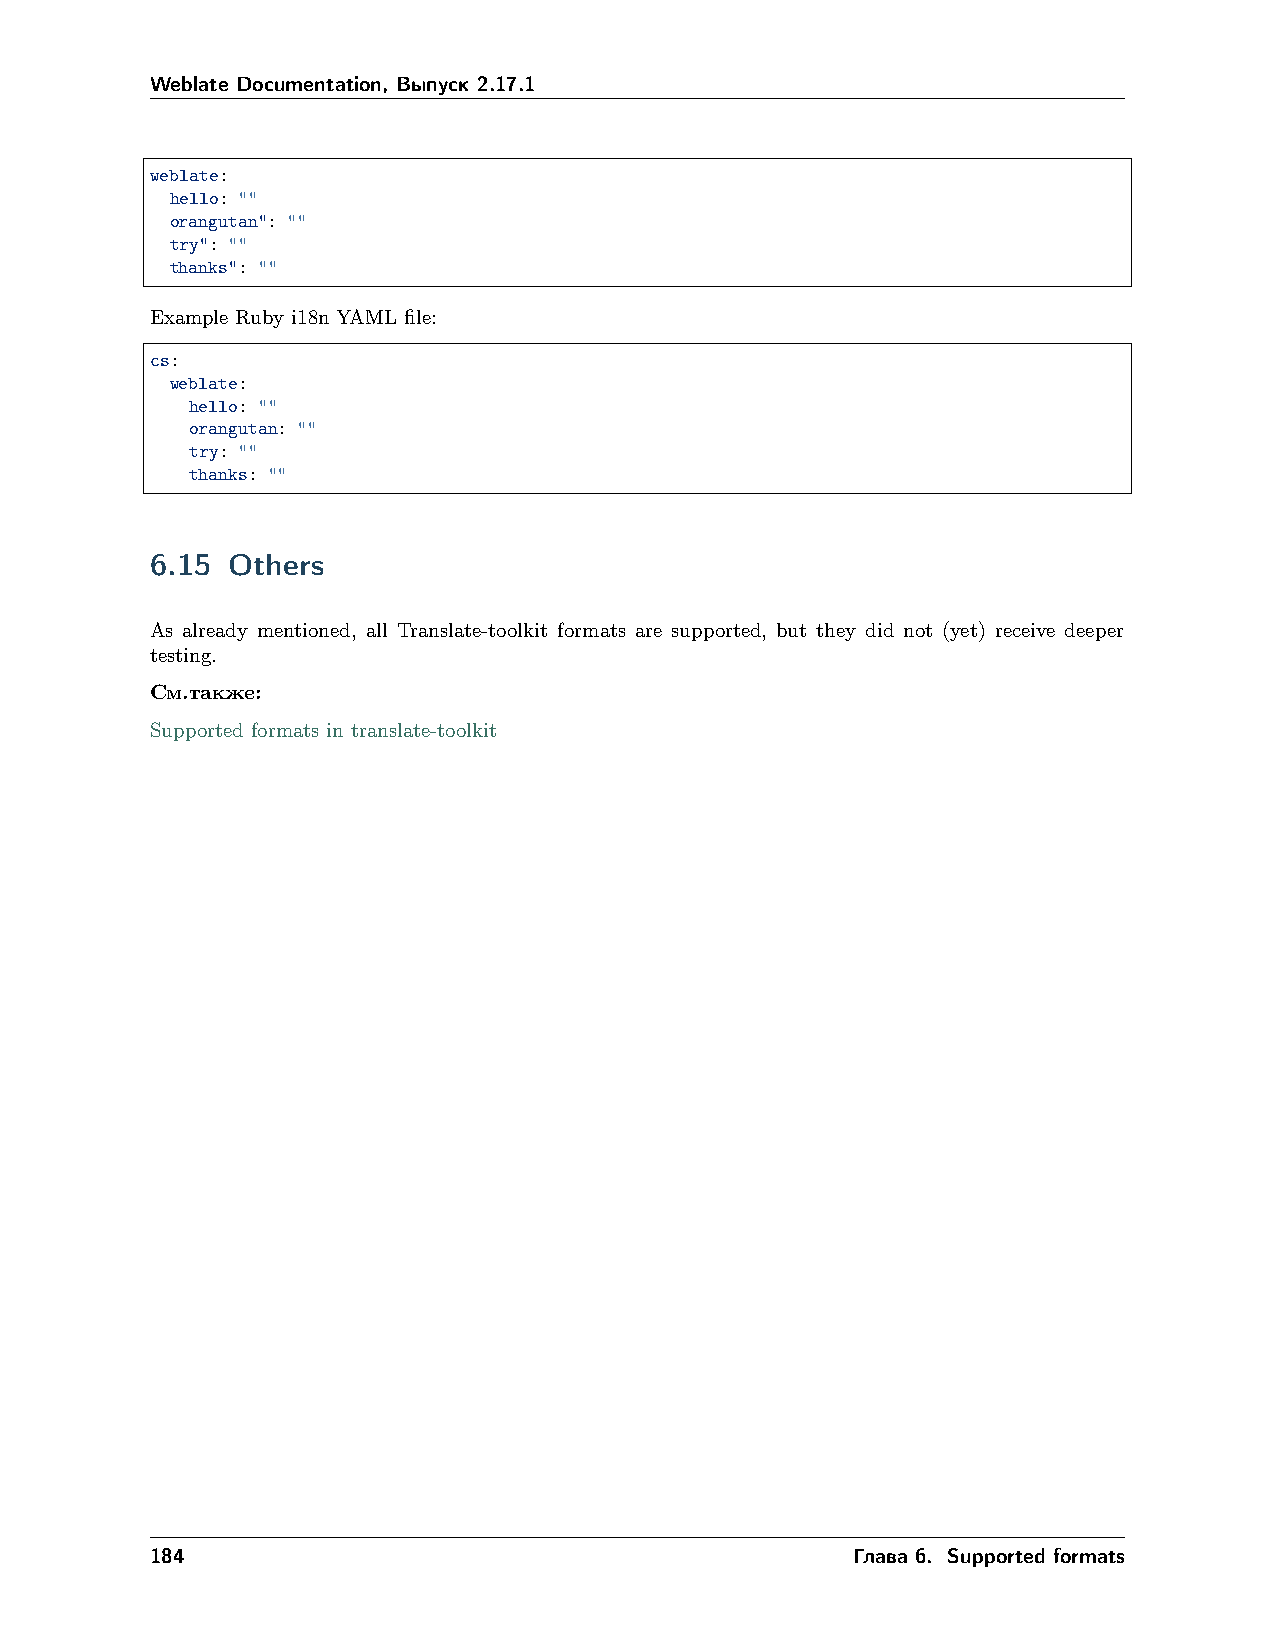
Weblate Documentation, Выпуск 2.17.1
 weblate:
 hello: ""
 orangutan": ""
 try": ""
 thanks": ""
 Example Ruby i18n YAML file:
 cs:
 weblate:
 hello: ""
 orangutan: ""
 try: ""
 thanks: ""
 6.15 Others
 As already mentioned, all Translate-toolkit formats are supported, but they did not (yet) receive deeper
 testing.
 См.также:
 Supported formats in translate-toolkit
 184                                           Глава 6. Supported formats